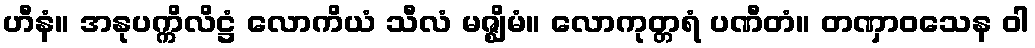
ဟီနံ။ အနုပက္ကိလိဋ္ဌံ လောကိယံ သီလံ မဇ္ဈိမံ။ လောကုတ္တရံ ပဏီတံ။ တဏှာဝသေန ဝါ